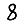
Digit: 8